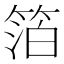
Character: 箔